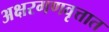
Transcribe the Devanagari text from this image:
अक्षरगणवृत्तात